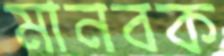
মানবক